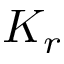
K _ { r }